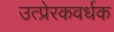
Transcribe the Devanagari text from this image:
उत्प्रेरकवर्धक